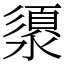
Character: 澃